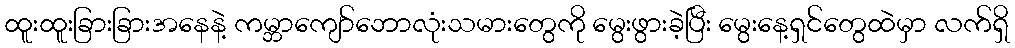
ထူးထူးခြားခြားအနေနဲ့ ကမ္ဘာကျော်ဘောလုံးသမားတွေကို မွေးဖွားခဲ့ပြီး မွေးနေ့ရှင်တွေထဲမှာ လက်ရှိ